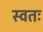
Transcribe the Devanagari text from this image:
स्वतः